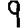
Digit: 9